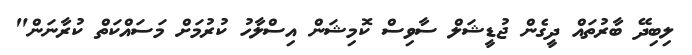
ލިބިދޭ ބާރުތައް ދީގެން ޖުޑީޝަލް ސާވިސް ކޮމިޝަން އިސްލާހު ކުރުމަށް މަސައްކަތް ކުރާނަން"